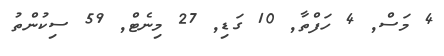
4 މަސް